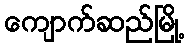
ကျောက်ဆည်မြို့